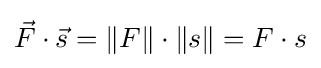
{\vec {F}}\cdot {\vec {s}}=\|F\|\cdot \|s\|=F\cdot s